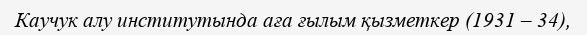
Каучук алу институтында аға ғылым қызметкер (1931 – 34),